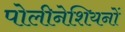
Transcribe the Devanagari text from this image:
पोलीनेशियनों